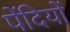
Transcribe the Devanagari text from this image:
पेंदियों